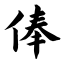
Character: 俸